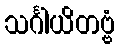
သင်္ဂါယိတဗ္ဗံ